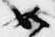
如